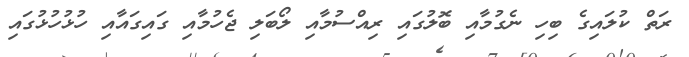
ރަތް ކުލައިގެ ބިހި ނެގުމާއި ބޮލުގައި ރިއްސުމާއި ލޯބަލި ޖެހުމާއި ގައިގައާއި ހުޅުހުޅުގައި